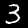
Digit: 3